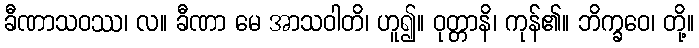
ခီဏာသဝဿ၊ လ။ ခီဏာ မေ အာသဝါတိ၊ ဟူ၍။ ဝုတ္တာနိ၊ ကုန်၏။ ဘိက္ခဝေ၊ တို့။